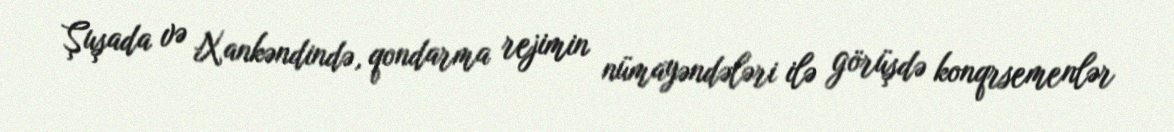
Şuşada və Xankəndində, qondarma rejimin nümayəndələri ilə görüşdə konqrsemenlər